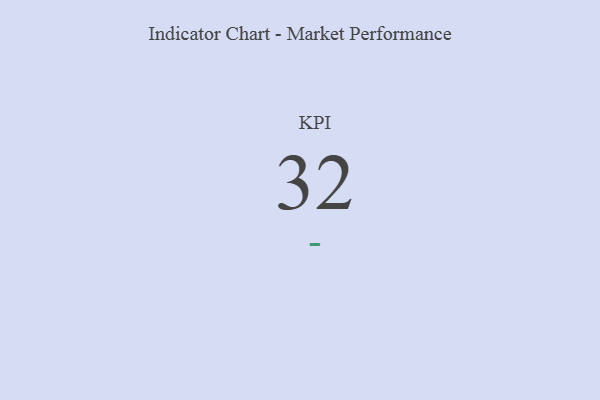
{"axis": {"x": "KPI", "y": "Value"}, "legend": [""], "data": [{"x": "KPI", "y": 32, "type": ""}]}